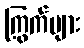
ကြွက်များ